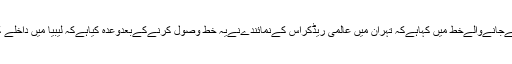
عالمی محاذ برائےآزادی امام موسی صدر کےسربراہ نے عالمی ریڈکراس کمیٹی کوروانہ کئےجانےوالےخط ميں کہاہےکہ تہران میں عالمی ریڈکراس کےنمائندےنےیہ خط وصول کرنےکےبعدوعدہ کیاہےکہ لیبیا میں داخلے کی اجازت ملتے ہی، امام موسی صدر کی صورت حال کا جائزہ لینا ان کی پہلی ترجیح ہوگي۔